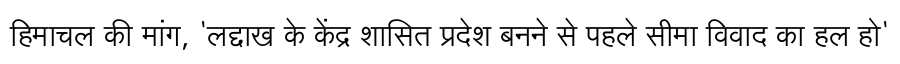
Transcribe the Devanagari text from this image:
हिमाचल की मांग, 'लद्दाख के केंद्र शासित प्रदेश बनने से पहले सीमा विवाद का हल हो'